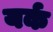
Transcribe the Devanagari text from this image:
यर्क